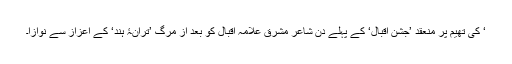
‘ کی تھیم پر منعقد ’جشنِ اقبال‘ کے پہلے دن شاعر مشرق علامہ اقبال کو بعد از مرگ ’ترانۂ ہند‘ کے اعزاز سے نوازا۔